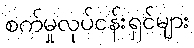
စက်မှုလုပ်ငန်းရှင်များ